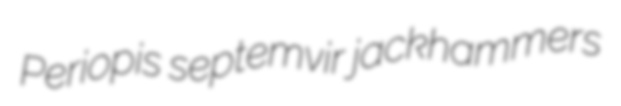
Periopis septemvir jackhammers